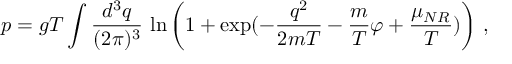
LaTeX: p = g T \int \frac { d ^ { 3 } q } { ( 2 \pi ) ^ { 3 } } \, \ln \left( 1 + \exp ( - \frac { q ^ { 2 } } { 2 m T } - \frac { m } { T } \varphi + \frac { \mu _ { N R } } { T } ) \right) \, ,